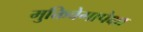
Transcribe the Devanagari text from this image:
मुक्तिवेगापेक्षा